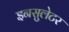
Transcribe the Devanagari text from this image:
इनसुलेटर